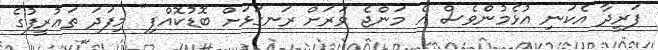
ފަރީދާ އެކަނި އުޅެމުންވެސް އެ މަންޖެ ވަރަށް ރަނގަޅަށް ބޮޑުކޮއްފި" މިފަދަ ތަޢުރީފުގެ